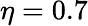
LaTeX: \eta=0.7